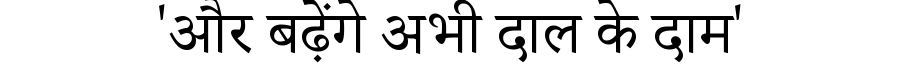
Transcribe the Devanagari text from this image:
'और बढ़ेंगे अभी दाल के दाम'